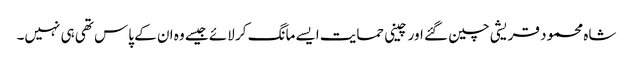
شاہ محمود قریشی چین گئے اور چینی حمایت ایسے مانگ کر لائے جیسے وہ ان کے پاس تھی ہی نہیں۔